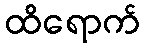
ထိရောက်